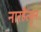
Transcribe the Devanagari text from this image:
नारहैत्युन